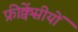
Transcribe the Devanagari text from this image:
फ्रीक्वेंसीयों